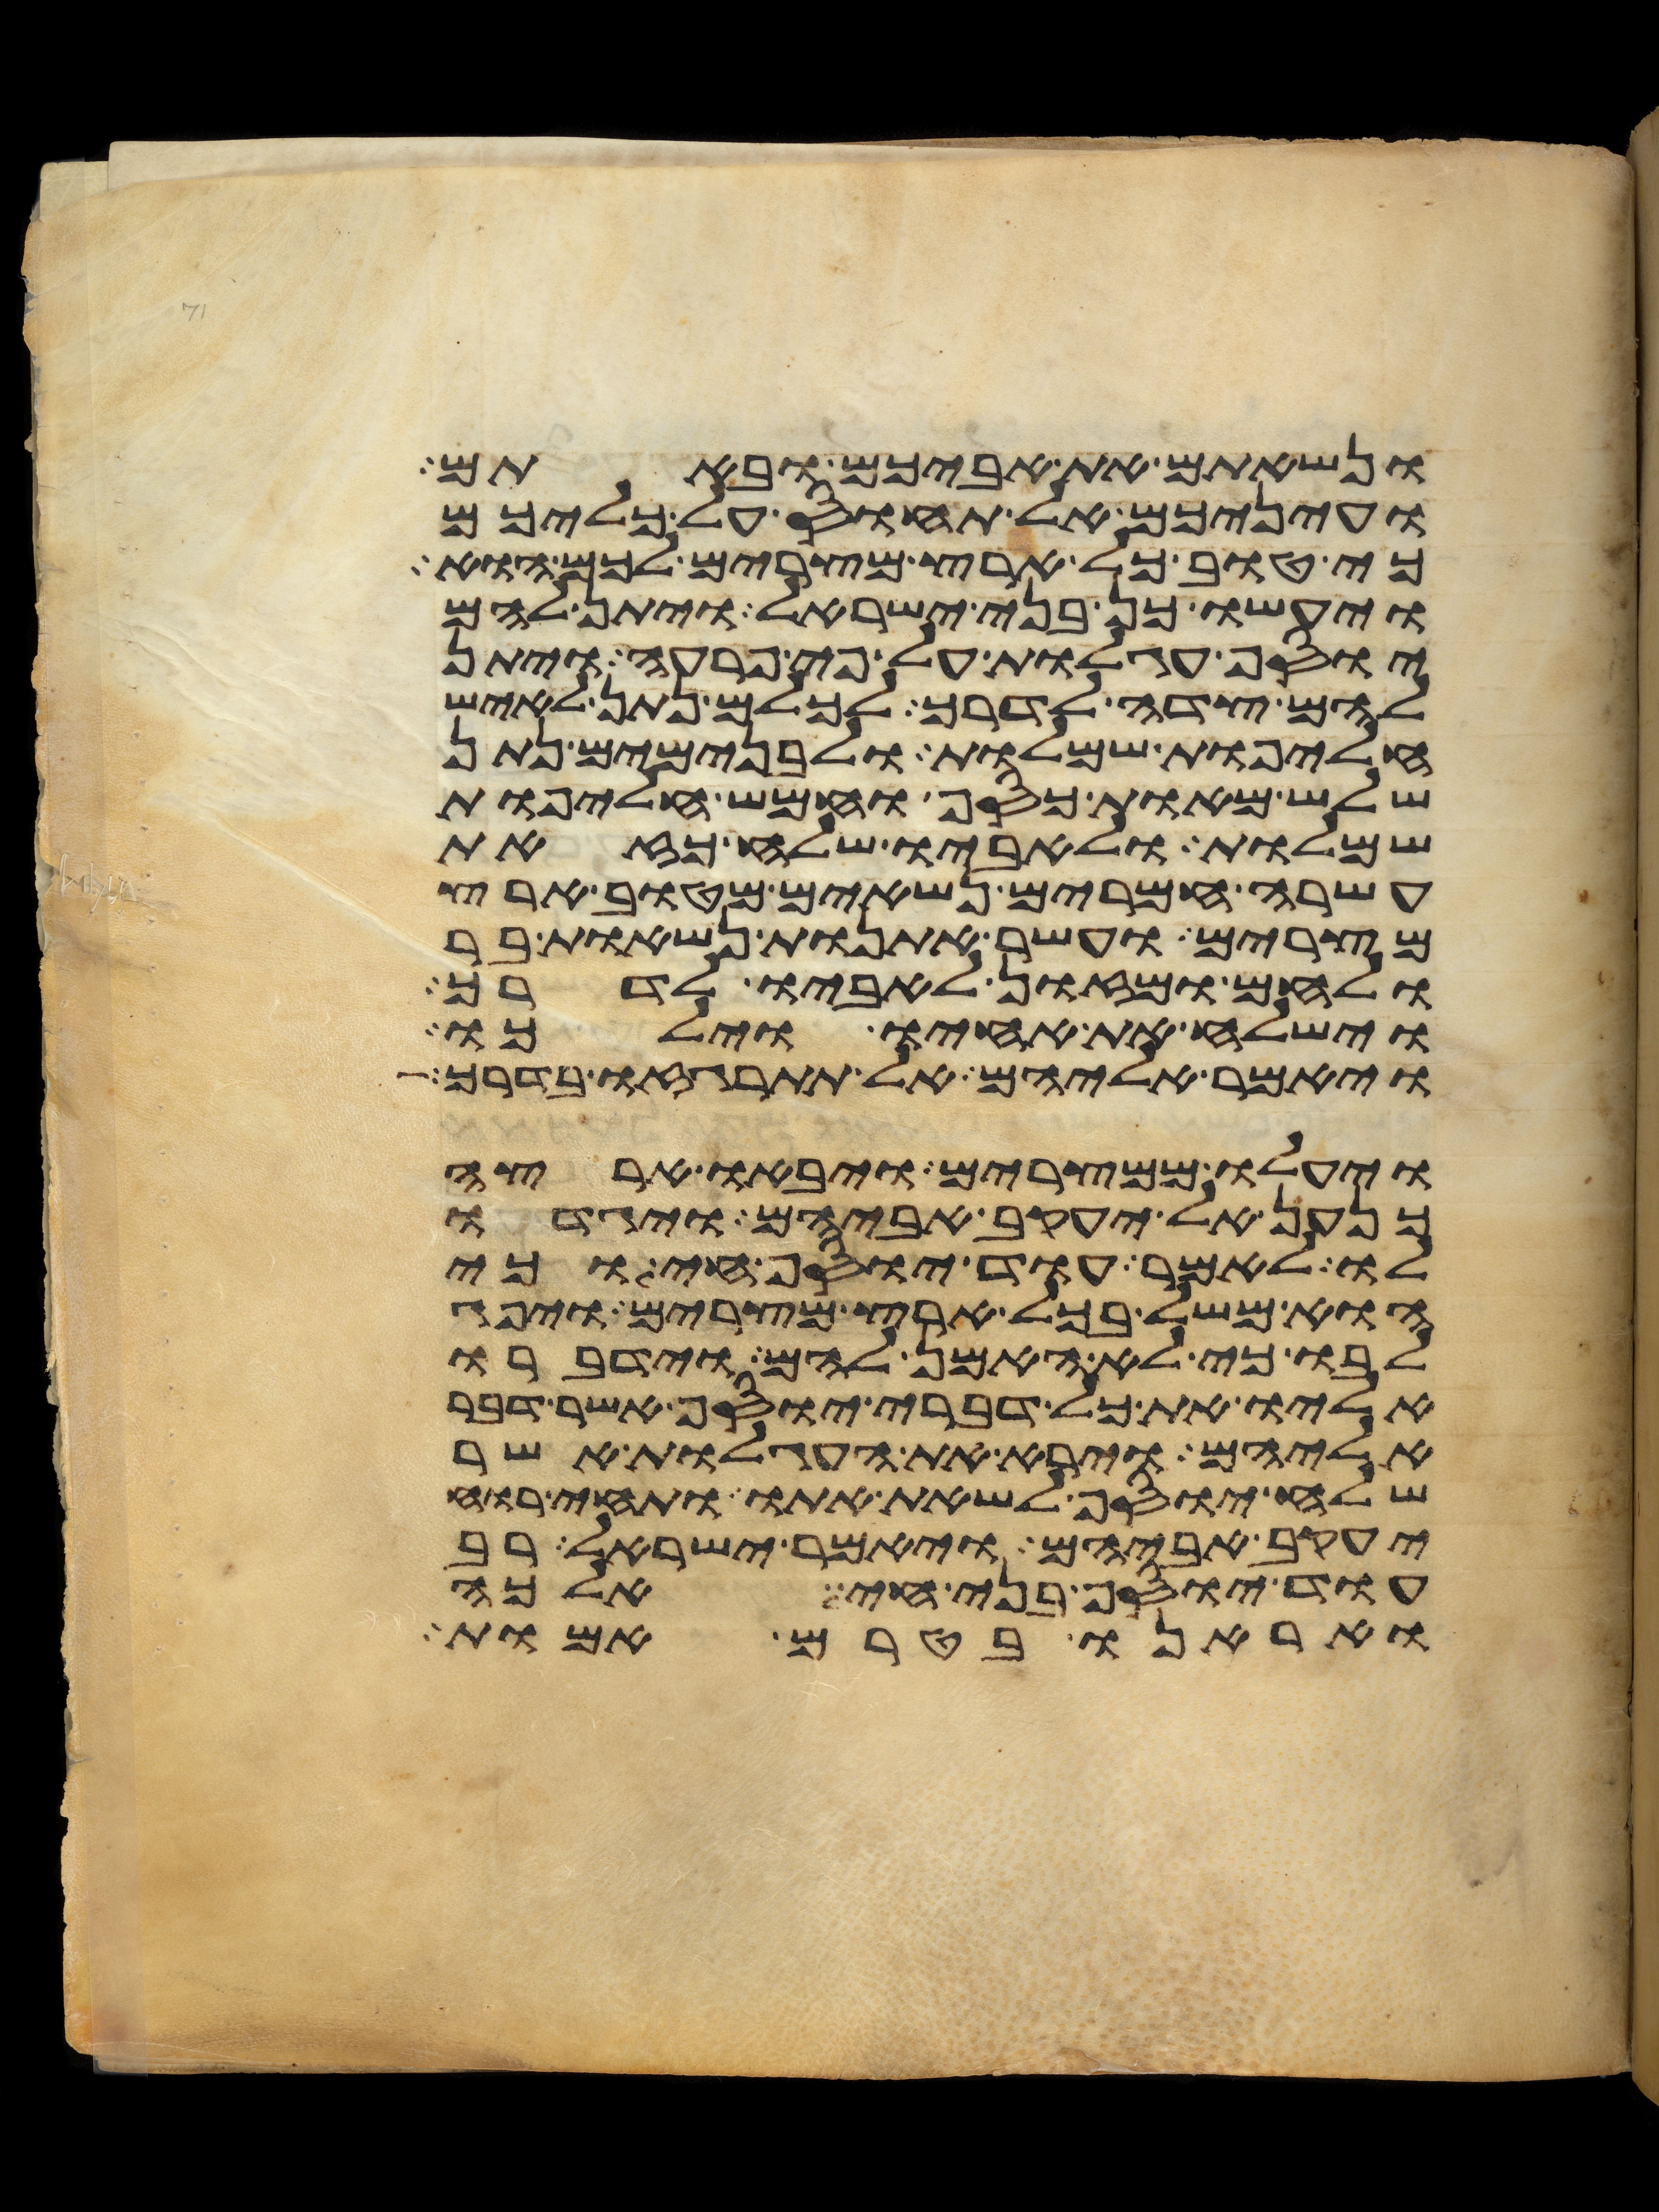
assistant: ונשאתם את אביכם ובאתם
ועיניכם אל תחוס על כליכם
כי טוב כל ארץ מצרים לכם הוא
ויעשו כן בני ישראל ויתן להם
יוסף עגלות על פי פרעה ויתן
להם צדה לדרך לכלם נתן לאיש
חליפות שמלות ולבנימים נתן
שלש מאות כסף וחמש חליפות
שמלות ולאביו שלח כזאת
עשרה חמרים נשאים מטוב ארץ
מצרים ועשר אתנות נשאות בר
ולחם ומזון לאביו לדרך
וישלח את אחיו וילכו
ויאמר אליהם אל תתרגזו בדרך
ויעלו ממצרים ויבאו ארצה
כנען אל יעקב אביהם ויגדו
לו לאמר עוד יוסף חי וכי
הוא משל בכל ארץ מצרים ויפג
לבו כי לא האמן להם וידברו
אליו את כל דברי יוסף אשר דבר
אליהם וירא את העגלות אשר
שלח יוסף לשאת אתו ותחי רוח
יעקב אביהם ויאמר ישראל רב
עוד יוסף בני חי אלכה
ואראנו בטרם אמות